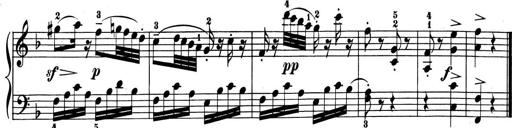
Title: 6 Piano Sonatinas
Composer: Cornelius Gurlitt